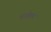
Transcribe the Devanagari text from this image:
वाजेकर